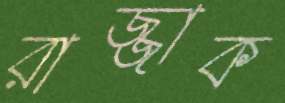
রাজ্জাক